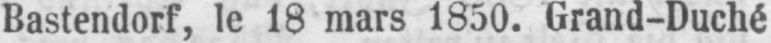
Bastendorf, le 18 mars 1850. Grand-Duché